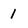
Character: 1